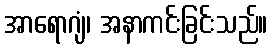
အာရောဂျံ၊ အနာကင်းခြင်းသည်။